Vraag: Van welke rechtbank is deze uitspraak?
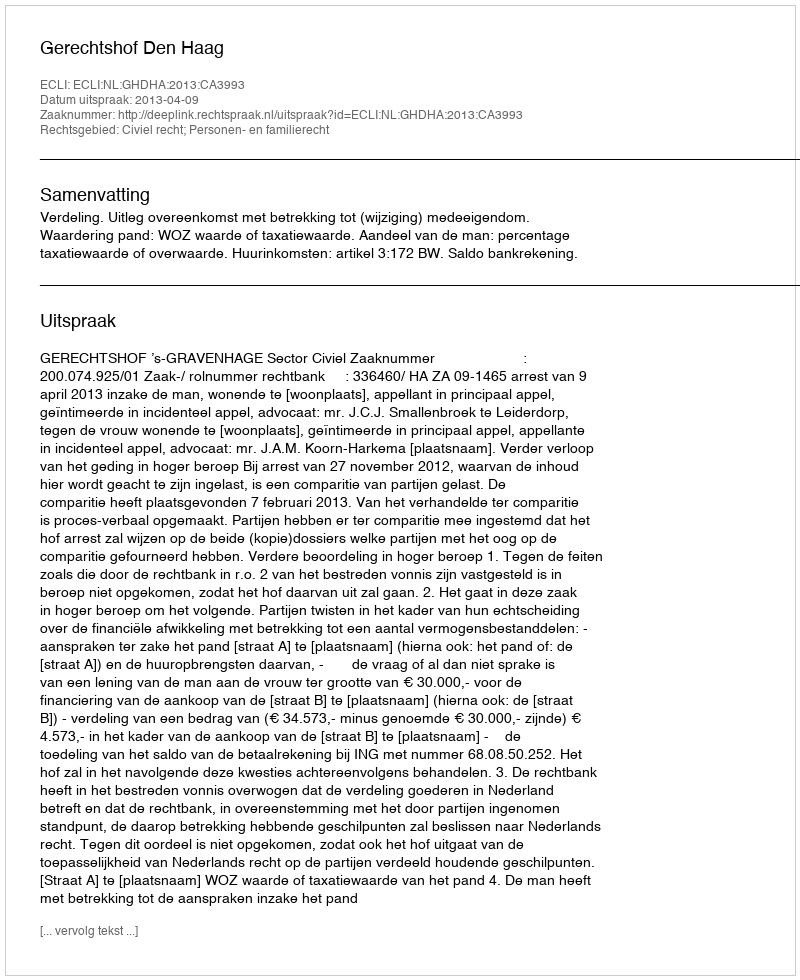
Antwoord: Gerechtshof Den Haag